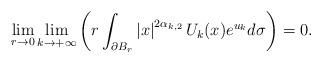
LaTeX: \begin{align*}\lim_{r\to 0} \lim_{k\to+\infty} \left( r\int_{\partial B_{r}}\left|x\right|^{2\alpha_{k,2}}U_{k}(x)e^{u_k}d\sigma\right)=0.\end{align*}